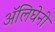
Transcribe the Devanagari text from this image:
अॅलिघेनी